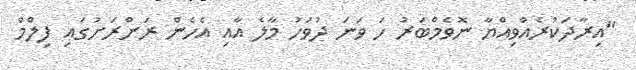
"އިރާދަކުރެއްވިއްޔާ ނޮވެމްބަރު ހަ ވަނަ ދުވަހު މާލެ އާއި އެހެން ރަށްރަށުގައި ފިލްމް